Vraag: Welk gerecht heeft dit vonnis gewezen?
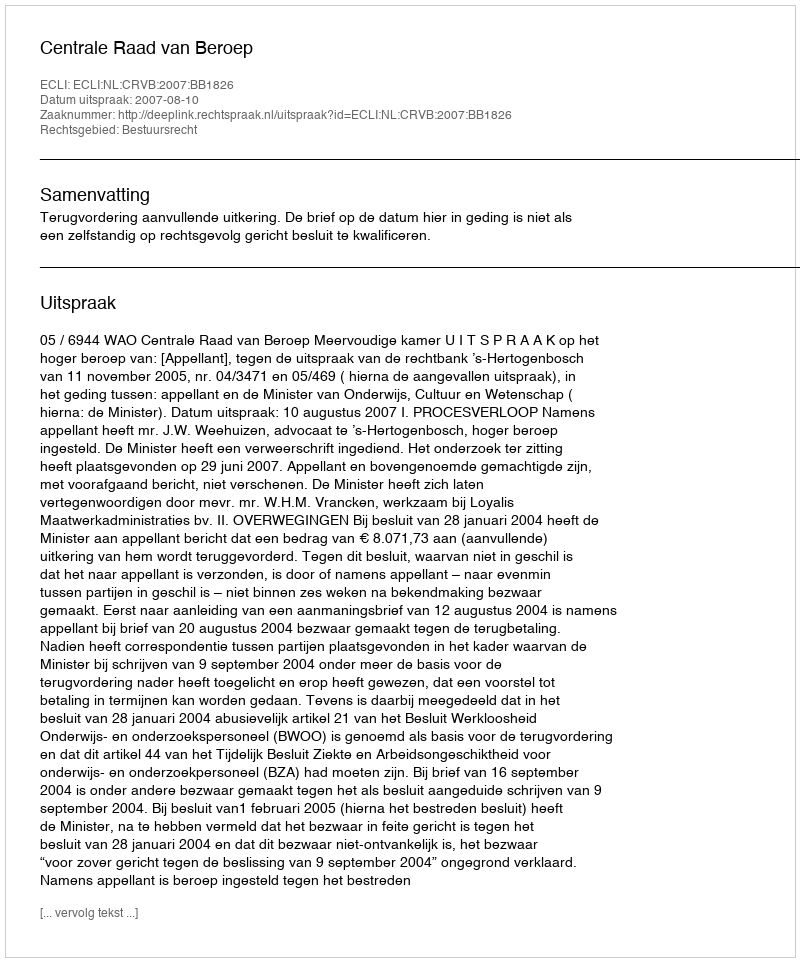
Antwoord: Centrale Raad van Beroep